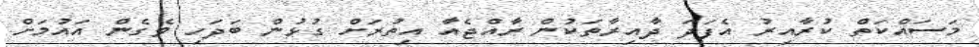
މަސައްކަތް ކުރާއިރު އެފަދަ ދާއިރާތަކުން ރާއްޖެއާ އިތުރަށް ގުޅުން ބަދަހި ވެގެން އައުމަށް